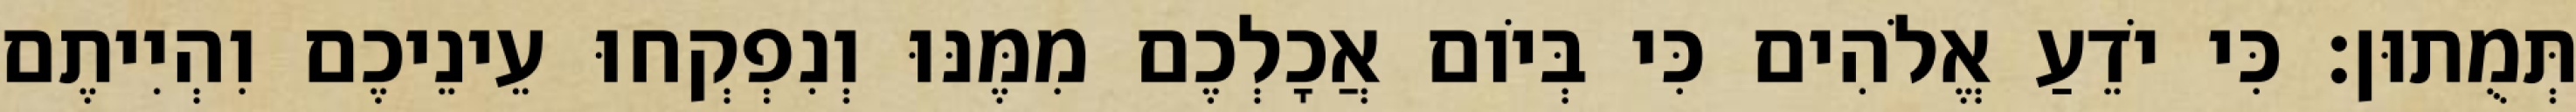
תְּמֻתוּן׃ כִּי יֹדֵעַ אֱלֹהִים כִּי בְּיֹום אֲכָלְכֶם מִמֶּנּוּ וְנִפְקְחוּ עֵינֵיכֶם וִהְיִיתֶם